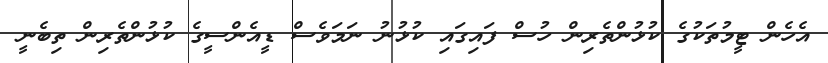
އެހެން ޓީމުތަކުގެ ކުޅުންތެރިން ހުސް ފައިގައި ކުޅުނު ނަމަވެސް ޑީއެންސީގެ ކުޅުންތެރިން ތިބެނީ